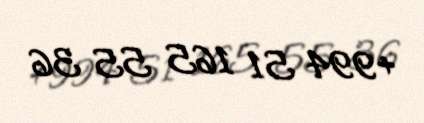
+994 51 165 55 36